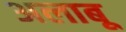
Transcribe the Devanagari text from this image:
अलाबू